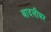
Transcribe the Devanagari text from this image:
बादलीभर